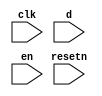
//copilot mean_prob: 0.5893304451542867
//This file was assembled by gen.py, written by redactedAuthorFirstname redactedAuthorLastname.
module jtag
(
    input clk,
    input resetn,
    input d,
    input en
);

reg lock_jtag_status;

//set lock_jtag high when d and en are high
//-copilot next line-
//copilot mean_prob: 0.5893304451542867

always @(posedge clk) begin
    lock_jtag_status <= ((en) && (d));
end



endmodule